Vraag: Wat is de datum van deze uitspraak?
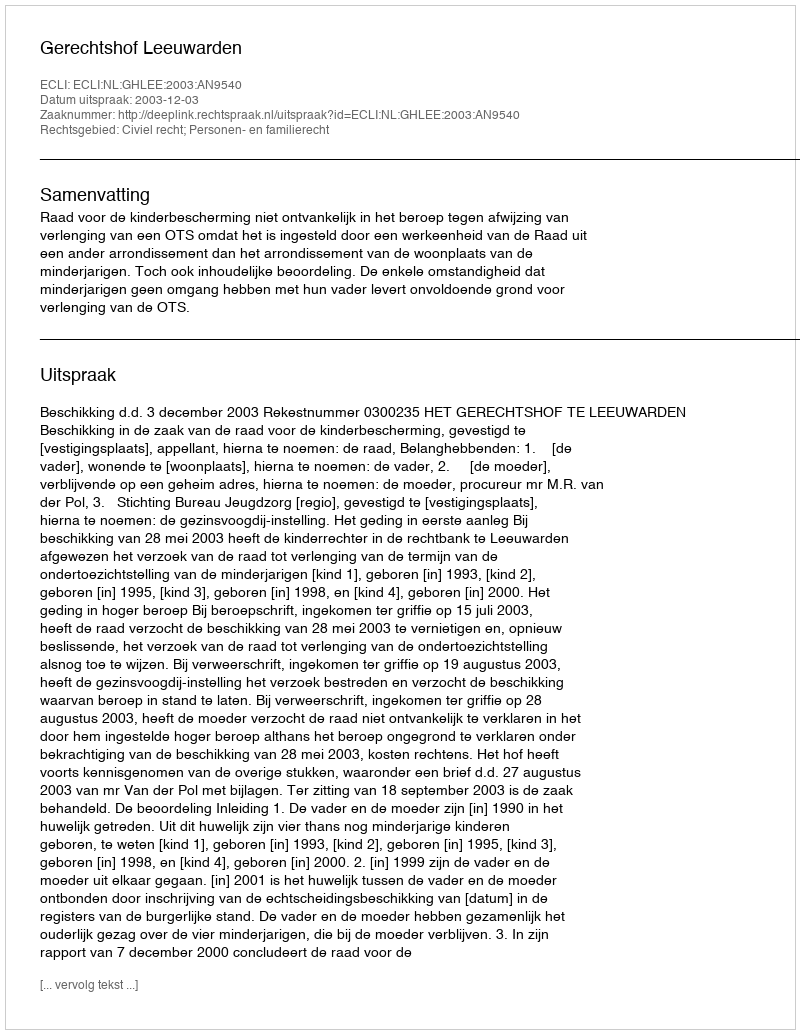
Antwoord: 2003-12-03